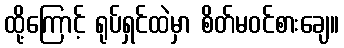
ထို့ကြောင့် ရုပ်ရှင်ထဲမှာ စိတ်မဝင်စားချေ။